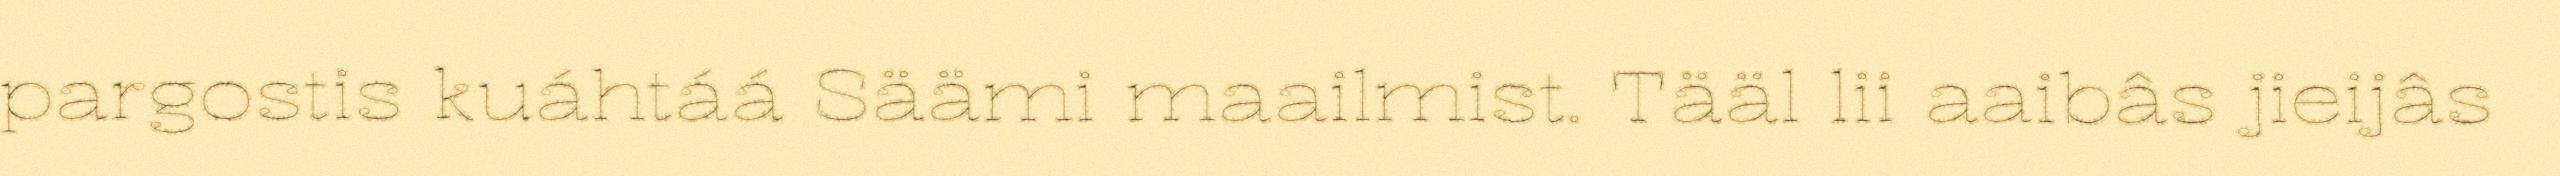
pargostis kuáhtáá Säämi maailmist. Tääl lii aaibâs jieijâs